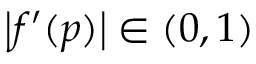
\left| f ^ { \prime } ( p ) \right| \in ( 0 , 1 )